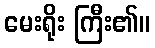
မေးရိုး ကြီး၏။